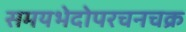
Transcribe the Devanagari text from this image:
समयभेदोपरचनचक्र